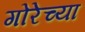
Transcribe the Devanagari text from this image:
गोरेच्या